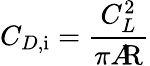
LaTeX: C_{D,{\mathrm{i}}}={\frac{C_{L}^{2}}{\pi A\! \! {\mathrm{R}}}}